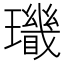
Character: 𤪫